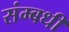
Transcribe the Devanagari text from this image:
संम्बधी